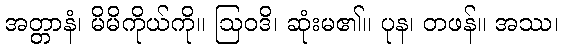
အတ္တာနံ၊ မိမိကိုယ်ကို။ ဩဝဒိ၊ ဆုံးမ၏။ ပုန၊ တဖန်။ အဿ၊